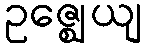
ဥဇ္ဈေယျ